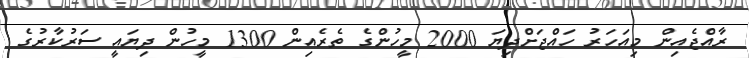
ރާއްޖެއިން މިއަހަރު ހައްޖަށްދިޔަ 2000 މީހުންގެ ތެރެއިން 1300 މީހުން ދިޔައީ ސަރުކާރުގެ